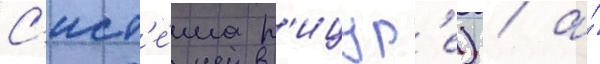
С'ист'е́ма р'ицур'е) / а́